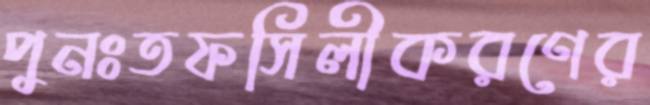
পুনঃতফসিলীকরণের